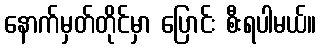
နောက်မှတ်တိုင်မှာ ပြောင်း စီးရပါမယ်။